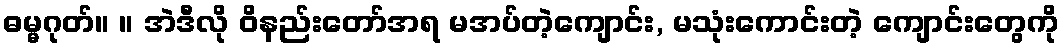
ဓမ္မဂုတ်။ ။ အဲဒီလို ဝိနည်းတော်အရ မအပ်တဲ့ကျောင်း, မသုံးကောင်းတဲ့ ကျောင်းတွေကို